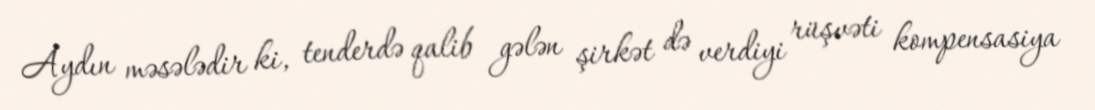
Aydın məsələdir ki, tenderdə qalib gələn şirkət də verdiyi rüşvəti kompensasiya